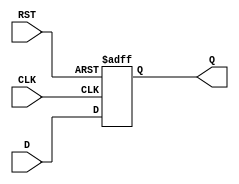
module d_flip_flop(
    input wire D,
    input wire CLK,
    input wire RST,
    output reg Q
);

always @(posedge CLK or posedge RST) begin
    if (RST) begin
        Q <= 1'b0; // clear flip-flop to predefined state
    end else begin
        Q <= D; // latch and store D input on rising edge of clock
    end
end

endmodule